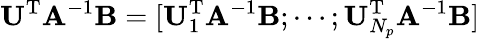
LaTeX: \mathbf{U}^{\mathrm{T}}\mathbf{A}^{-1}\mathbf{B}=[\mathbf{U}_{1}^{\mathrm{T}}\mathbf{A}^{-1}\mathbf{B};\cdots;\mathbf{U}_{N_{p}}^{\mathrm{T}}\mathbf{A}^{-1}\mathbf{B}]